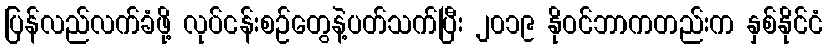
ပြန်လည်လက်ခံဖို့ လုပ်ငန်းစဉ်တွေနဲ့ပတ်သက်ပြီး ၂၀၁၉ နိုဝင်ဘာကတည်းက နှစ်နိုင်ငံ